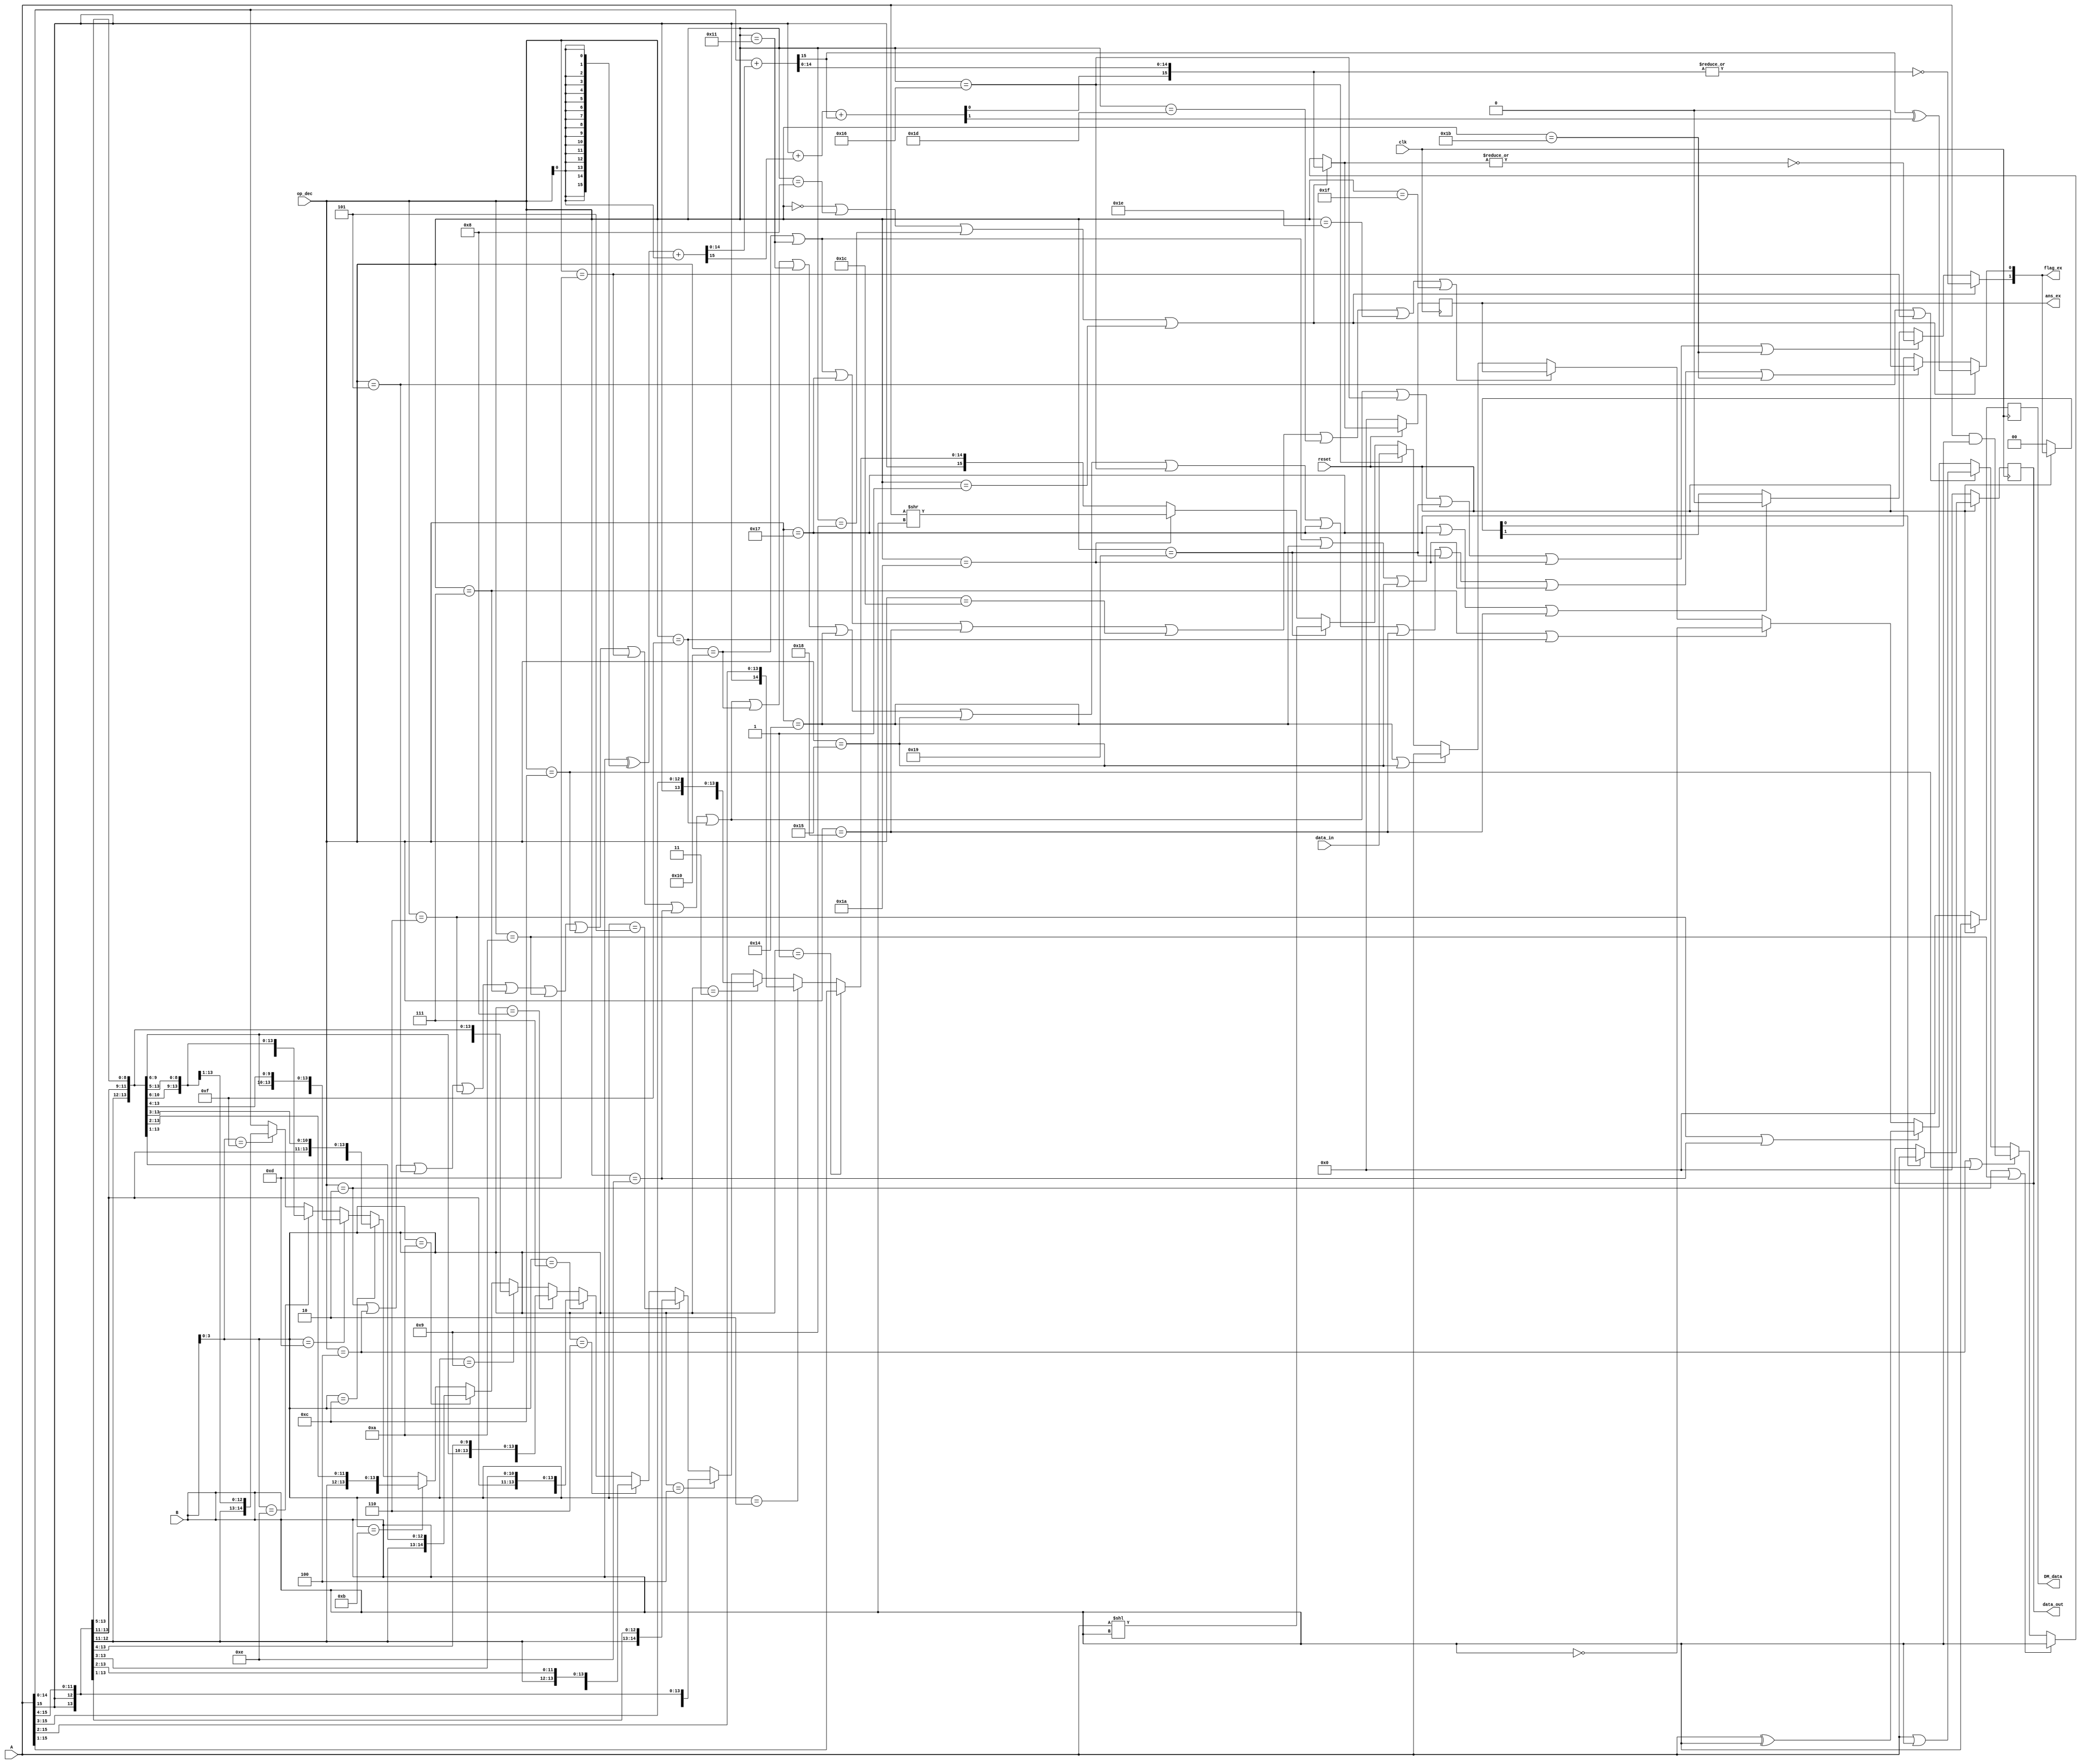
module ExeBlock(data_out,ans_ex,DM_data,flag_ex,A,B,op_dec,data_in,clk,reset);

input[15:0] A,B,data_in;
input [5:0] op_dec;
input clk,reset;
output reg[15:0] ans_ex,data_out,DM_data;
output [1:0] flag_ex;

wire [15:0] Bx,sum,ans_tmp,data_out_buff,rsa_out;
wire [1:0] flag_prv;
wire cout,c,V,Z,Z1;


//arithmetic 
assign Bx = (B^{16{op_dec[0]}})+{15'b000000000000000,op_dec[0]};
assign {cout,sum[14:0]} = A[14:0] + Bx[14:0];

assign {c,sum[15]} = A[15] + Bx[15] + cout;
assign V = cout^c;
assign Z = |sum;

assign rsa_out=((B[3:0]==4'b0001)?{A[15],A[15:1]}:(B[3:0]==4'b0010)?{{2{A[15]}},A[15:2]}:(B[3:0]==4'b0011)?{{3{A[15]}},A[15:3]}:(B[3:0]==4'b0100)?{{4{A[15]}},A[15:4]}:
(B[3:0]==4'b0101)?{{5{A[15]}},A[15:5]}:(B[3:0]==4'b0110)?{{6{A[15]}},A[15:6]}:(B[3:0]==4'b0111)?{{7{A[15]}},A[15:7]}:(B[3:0]==4'b1000)?{{8{A[15]}},A[15:8]}:(B[3:0]==4'b1001)?{{9{A[15]}},A[15:9]}:
(B[3:0]==4'b1010)?{{10{A[15]}},A[15:10]}:(B[3:0]==4'b1011)?{{11{A[15]}},A[15:11]}:(B[3:0]==4'b1100)?{{12{A[15]}},A[15:12]}:(B[3:0]==4'b1101)?{{13{A[15]}},A[15:13]}:(B[3:0]==4'b1110)?{{14{A[15]}},A[15:14]}:
(B[3:0]==4'b1111)?{16{A[15]}}:A);


assign ans_tmp = ((op_dec == 6'b000000 || op_dec == 6'b001000 || op_dec == 6'b001001 || op_dec == 6'b000001 ) ? sum : 
(op_dec == 6'b000010 || op_dec == 6'b001010 ? B : ( op_dec == 6'b000100 || op_dec == 6'b001100 ? A&B : 
(op_dec == 6'b000101 || op_dec == 6'b001101 ? A|B : (op_dec == 6'b000110 || op_dec == 6'b001110 ? A^B : 
(op_dec == 6'b000111 || op_dec == 6'b001111 ? ~B : (op_dec == 6'b010000 || op_dec == 6'b010001 || op_dec == 6'b010111 
|| op_dec == 6'b011000 || op_dec == 6'b011100 || op_dec == 6'b011101 || op_dec == 6'b011110 || op_dec == 6'b011111 ? 
ans_ex : (op_dec == 6'b010100 || op_dec == 6'b010101 ? A : (op_dec == 6'b010110 ? data_in : (op_dec == 6'b011001 ? A<<B :
 (op_dec == 6'b011010 ? A>>B : (rsa_out))))))))))));

assign Z1 = |ans_tmp;

//overflow flag
assign flag_ex[0] = ((op_dec == 6'b000000 || op_dec == 6'b001000 || op_dec == 6'b001001 || op_dec == 6'b000001 ) ? V : 
(op_dec == 6'b000010 || op_dec == 6'b000100 || op_dec == 6'b000101 || op_dec == 6'b000110 || op_dec == 6'b000111 || 
op_dec == 6'b001010 || op_dec == 6'b001100 || op_dec == 6'b001101 || op_dec == 6'b001110 || op_dec == 6'b001111 || 
op_dec == 6'b010000 || op_dec == 6'b010001 || op_dec == 6'b010100 || op_dec == 6'b010101 || op_dec == 6'b010110 || 
op_dec == 6'b010111 || op_dec == 6'b011000 || op_dec == 6'b011001 || op_dec == 6'b011010 || op_dec == 6'b011011 ? 1'b0 : 
flag_prv[0] ));

//zero flag
assign flag_ex[1] = ((op_dec == 6'b000000 || op_dec == 6'b001000 || op_dec == 6'b001001 || op_dec == 6'b000001 ) ? ~Z : 
(op_dec == 6'b000010 || op_dec == 6'b000100 || op_dec == 6'b000101 || op_dec == 6'b000110 || op_dec == 6'b000111 || 
op_dec == 6'b001010 || op_dec == 6'b001100 || op_dec == 6'b001101 || op_dec == 6'b001110 || op_dec == 6'b001111 || 
op_dec == 6'b010110 || op_dec == 6'b011001 || op_dec == 6'b011010 || op_dec == 6'b011011 ? ~Z1 : (op_dec == 6'b010000 || 
op_dec == 6'b010001 || op_dec == 6'b010100 || op_dec == 6'b010101 || op_dec == 6'b010111 || op_dec == 6'b011000 ? 1'b0 : 
flag_prv[1] )));

//data_out
assign data_out_buff = (op_dec == 6'b010111) ? A : data_out;
assign flag_prv = (reset == 1'b0)? 2'b00 : flag_ex;
//register block
always@(posedge clk)
begin 
	if(reset == 0)
	begin
		ans_ex <= 16'b0000000000000000;
		data_out <= 16'b0000000000000000;
		DM_data<=16'b0000000000000000;
	end
	
	else
	begin
		DM_data<=B;
		ans_ex <= ans_tmp;
		data_out <= data_out_buff;
	end
	
end

endmodule